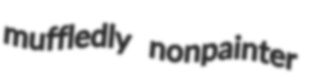
muffledly nonpainter